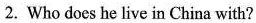
2. Who does he live in China with?